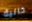
خالية